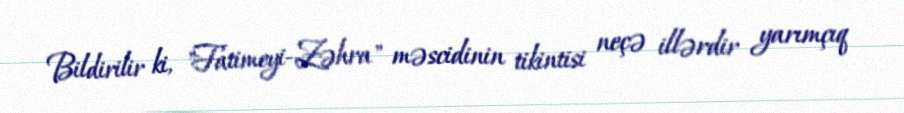
Bildirilir ki, "Fatimeyi-Zəhra" məscidinin tikintisi neçə illərdir yarımçıq